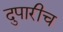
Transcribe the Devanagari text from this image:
दुपारीच